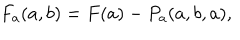
F _ { a } ( a , b ) = F ( a ) - P _ { a } ( a , b , a ) ,